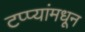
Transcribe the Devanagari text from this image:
टप्प्यांमधून